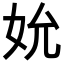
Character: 𪥬